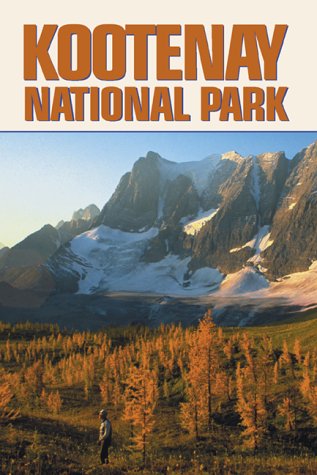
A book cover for Kootenay National Park; Bob Hahn; Travel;